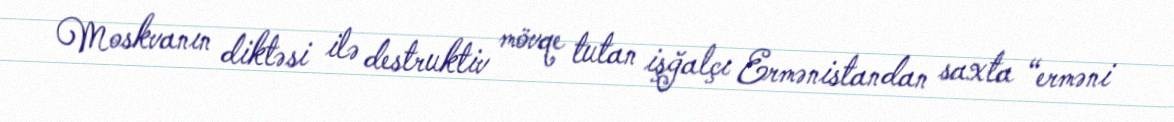
Moskvanın diktəsi ilə destruktiv mövqe tutan işğalçı Ermənistandan saxta “erməni